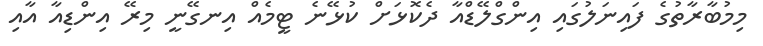
މިމުބާރާތުގެ ފައިނަލުގައި އިންގްލޭޑްއާ ދެކޮޅަށް ކުޅޭނެ ޓީމެއް އިނގޭނީ މިރޭ އިންޑިއާ އާއި